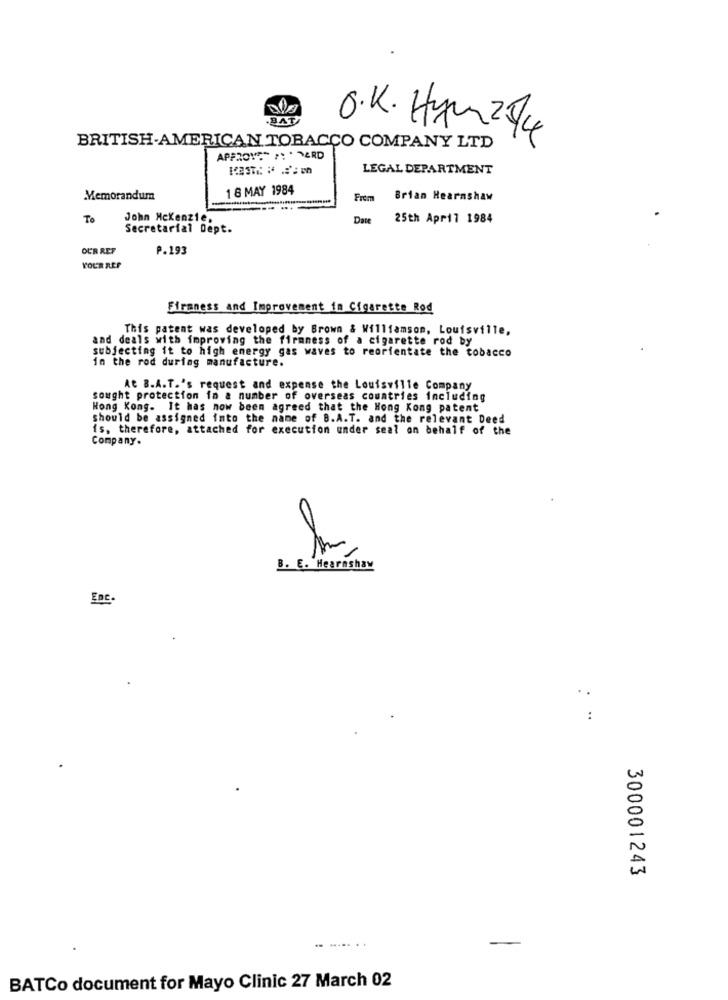
.BAT
O.K. Ham 2 4
BRITISH-AMERICAN TOBACCO COMPANY LTD
APF2010" :: . - ERD
LEGAL DEPARTMENT
1 8 MAY 1984
Memorandum
Frem
Brian Hearnshaw
-
To
John Mckenzie.
Date
25th April 1984
Secretarial Dept.
OUR REF
P.193
YOUR ALF
Firaness and Improvement in Cigarette Rod
This patent was developed by Brown & Williamson, Louisville,
and deals with improving the firmness of a cigarette rod by
subjecting it to high energy gas waves to reorientate the tobacco
in the rod during manufacture.
AC B.A.T.'s request and expense the Louisville Company
sought protection io a number of overseas countries including
Hong Kong. It has now been agreed that the Hong Kong patent
should be assigned into the name of B.A.T. and the relevant Deed
is, therefore, attached for execution under seal on behalf of the
Company.
B. E. Hearnshaw
Enc.
..
300001243
.. ...
BATCo document for Mayo Clinic 27 March 02